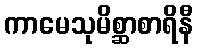
ကာမေသုမိစ္ဆာစာရိနီ